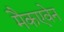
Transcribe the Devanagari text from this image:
मैकएवेन